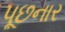
પૂછનાર